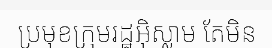
ប្រមុខក្រុមរដ្ឋអ៊ិស្លាម តែមិន